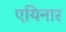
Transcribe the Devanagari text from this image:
एयिनार